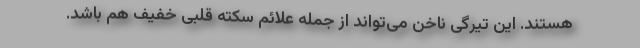
هستند. این تیرگی ناخن می‌تواند از جمله علائم سکته قلبی خفیف هم باشد.